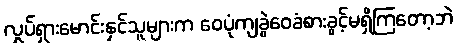
လှုပ်ရှားမောင်းနှင်သူများက ဝေပုံကျခွဲဝေခံစားခွင့်မရှိကြတော့ဘဲ